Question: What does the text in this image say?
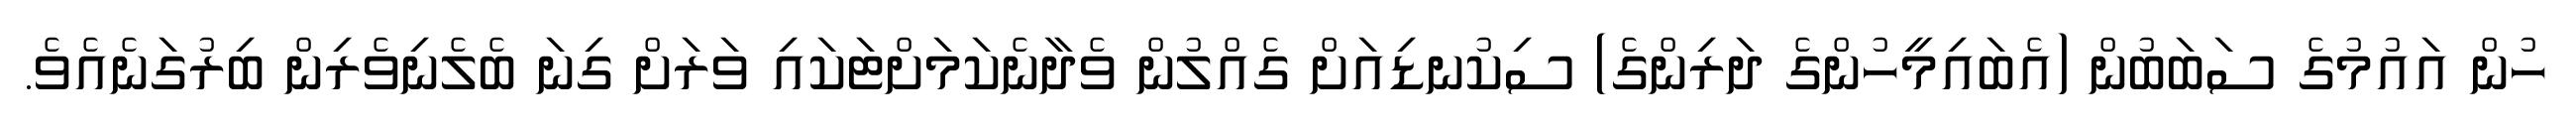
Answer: ހުން އައުމުގެ ސަބަބުން (އެބައިމީހުންގެ ދަރިންގެ) ސިކުނޑިއަށް ގެއްލުން ވެދާނެކަމަށްޓަކައި ވަރަށް ގިނަ ބެލެނިވެރިން ބިރުގަނެއެވެ.